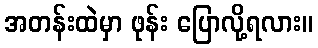
အတန်းထဲမှာ ဖုန်း ပြောလို့ရလား။